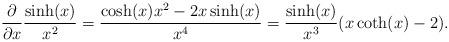
LaTeX: \begin{align*}\frac{\partial}{\partial x} \frac{\sinh(x)}{x^2} = \frac{\cosh(x) x^2 - 2x \sinh(x)}{x^4} = \frac{\sinh(x)}{x^3}(x\coth(x)- 2).\end{align*}